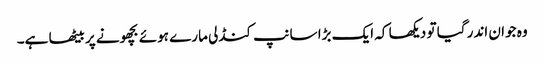
وہ جوان اندر گیا تو دیکھا کہ ایک بڑا سانپ کنڈلی مارے ہوئے بچھونے پر بیٹھا ہے۔